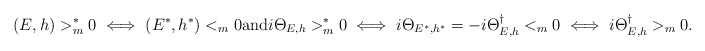
\begin{align*} (E,h)>^*_m0 \iff (E^*,h^*)<_m0 \mathrm{and} i\Theta_{E,h}>^*_m0 \iff i\Theta_{E^*,h^*}=-i\Theta_{E,h}^\dag<_m0 \iff i\Theta_{E,h}^\dag>_m0.\end{align*}